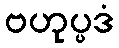
ဗဟုပ္ပဒံ